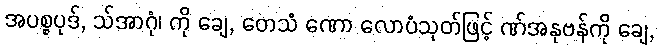
အပစ္စပုဒ်, သ်အာဂုံ၊ ကို ချေ, တေသံ ဏော လောပံသုတ်ဖြင့် ဏ်အနုဗန်ကို ချေ,